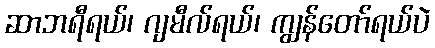
ဆာဘရီရယ်၊ ဂျမီလ်ရယ်၊ ကျွန်တော်ရယ်ပဲ